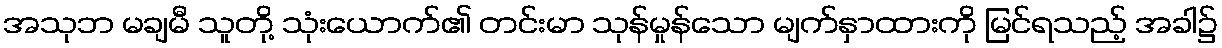
အသုဘ မချမီ သူတို့ သုံးယောက်၏ တင်းမာ သုန်မှုန်သော မျက်နှာထားကို မြင်ရသည့် အခါ၌